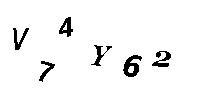
V74Y62